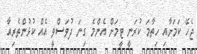
ޖެހޭ ކަމަށާއި ހިތާމަ ކުރަނީ ޓީމަށް އެންމެ ގިނަ ދުވަސްވީ އެއް ކުޅުންތެރިއާ